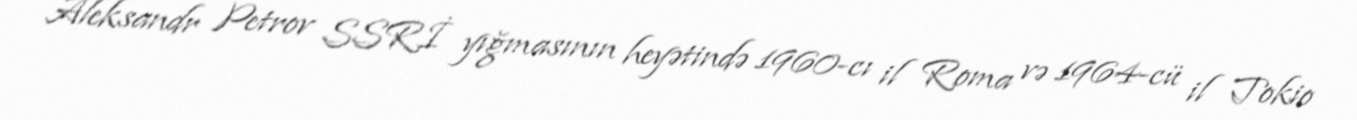
Aleksandr Petrov SSRİ yığmasının heyətində 1960-cı il Roma və 1964-cü il Tokio